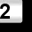
Digit: 2